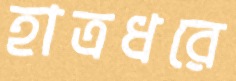
হাত্রধরে